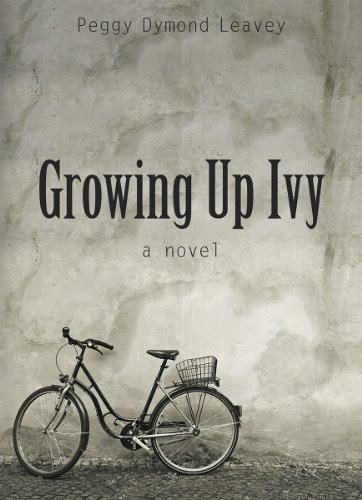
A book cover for Growing Up Ivy; Peggy Dymond Leavey; Teen & Young Adult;